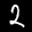
Label: 2